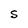
Character: s